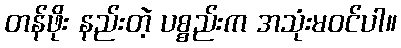
တန်ဖိုး နည်းတဲ့ ပစ္စည်းက အသုံးမဝင်ပါ။